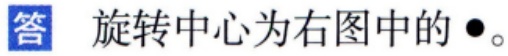
答 旋转中心为右图中的$\bullet$。